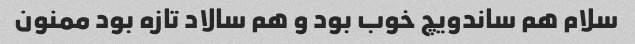
سلام هم ساندویچ خوب بود و هم سالاد تازه بود ممنون